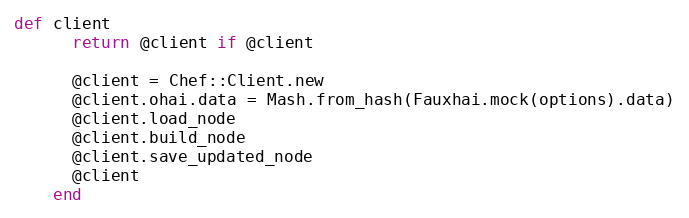
Language: Ruby
def client
      return @client if @client

      @client = Chef::Client.new
      @client.ohai.data = Mash.from_hash(Fauxhai.mock(options).data)
      @client.load_node
      @client.build_node
      @client.save_updated_node
      @client
    end